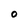
Character: O